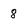
Character: 8